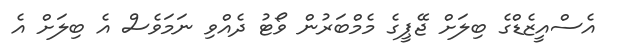
އެސްއީޒެޑްގެ ބިލަށް ޖޭޕީގެ މެމްބަރުން ވޯޓު ދެއްވި ނަމަވެސް އެ ބިލަށް އެ